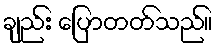
ချည်း ပြောတတ်သည်။